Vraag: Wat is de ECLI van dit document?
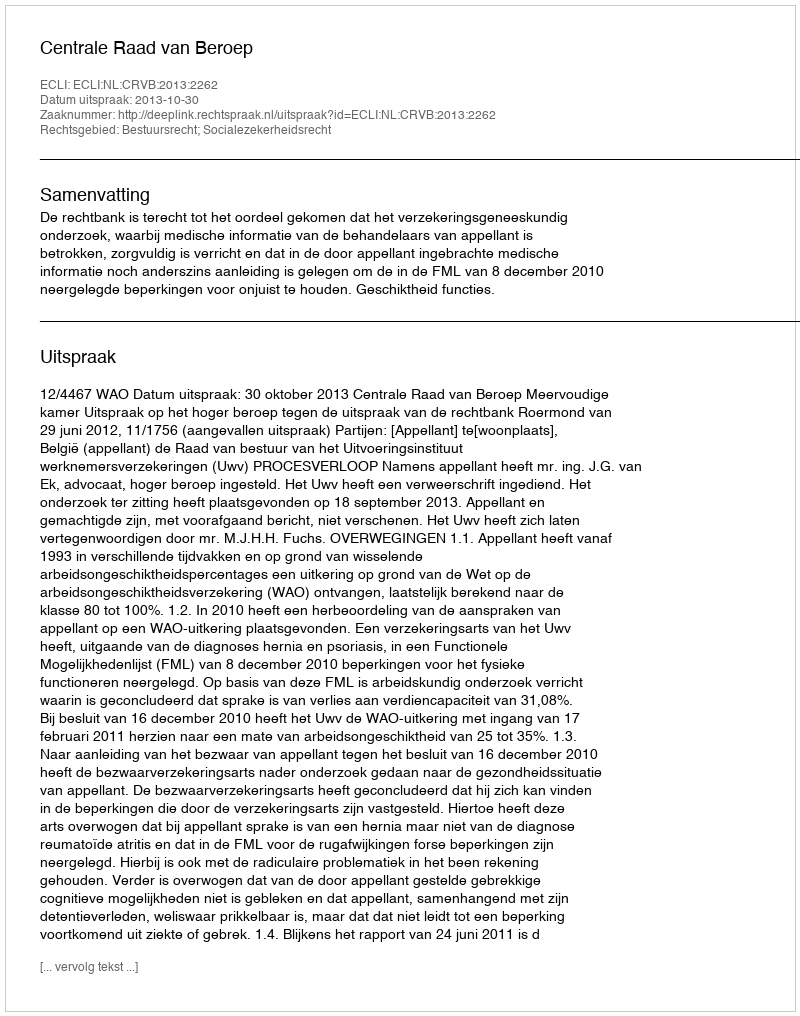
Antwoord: ECLI:NL:CRVB:2013:2262